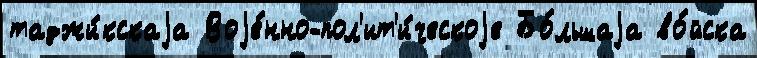
таджи́кскаjа Воjе́нно-пол'ит'и́ческоjе Бо́льшаjа во́йска